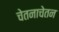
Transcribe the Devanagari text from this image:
चेतनाचेतन